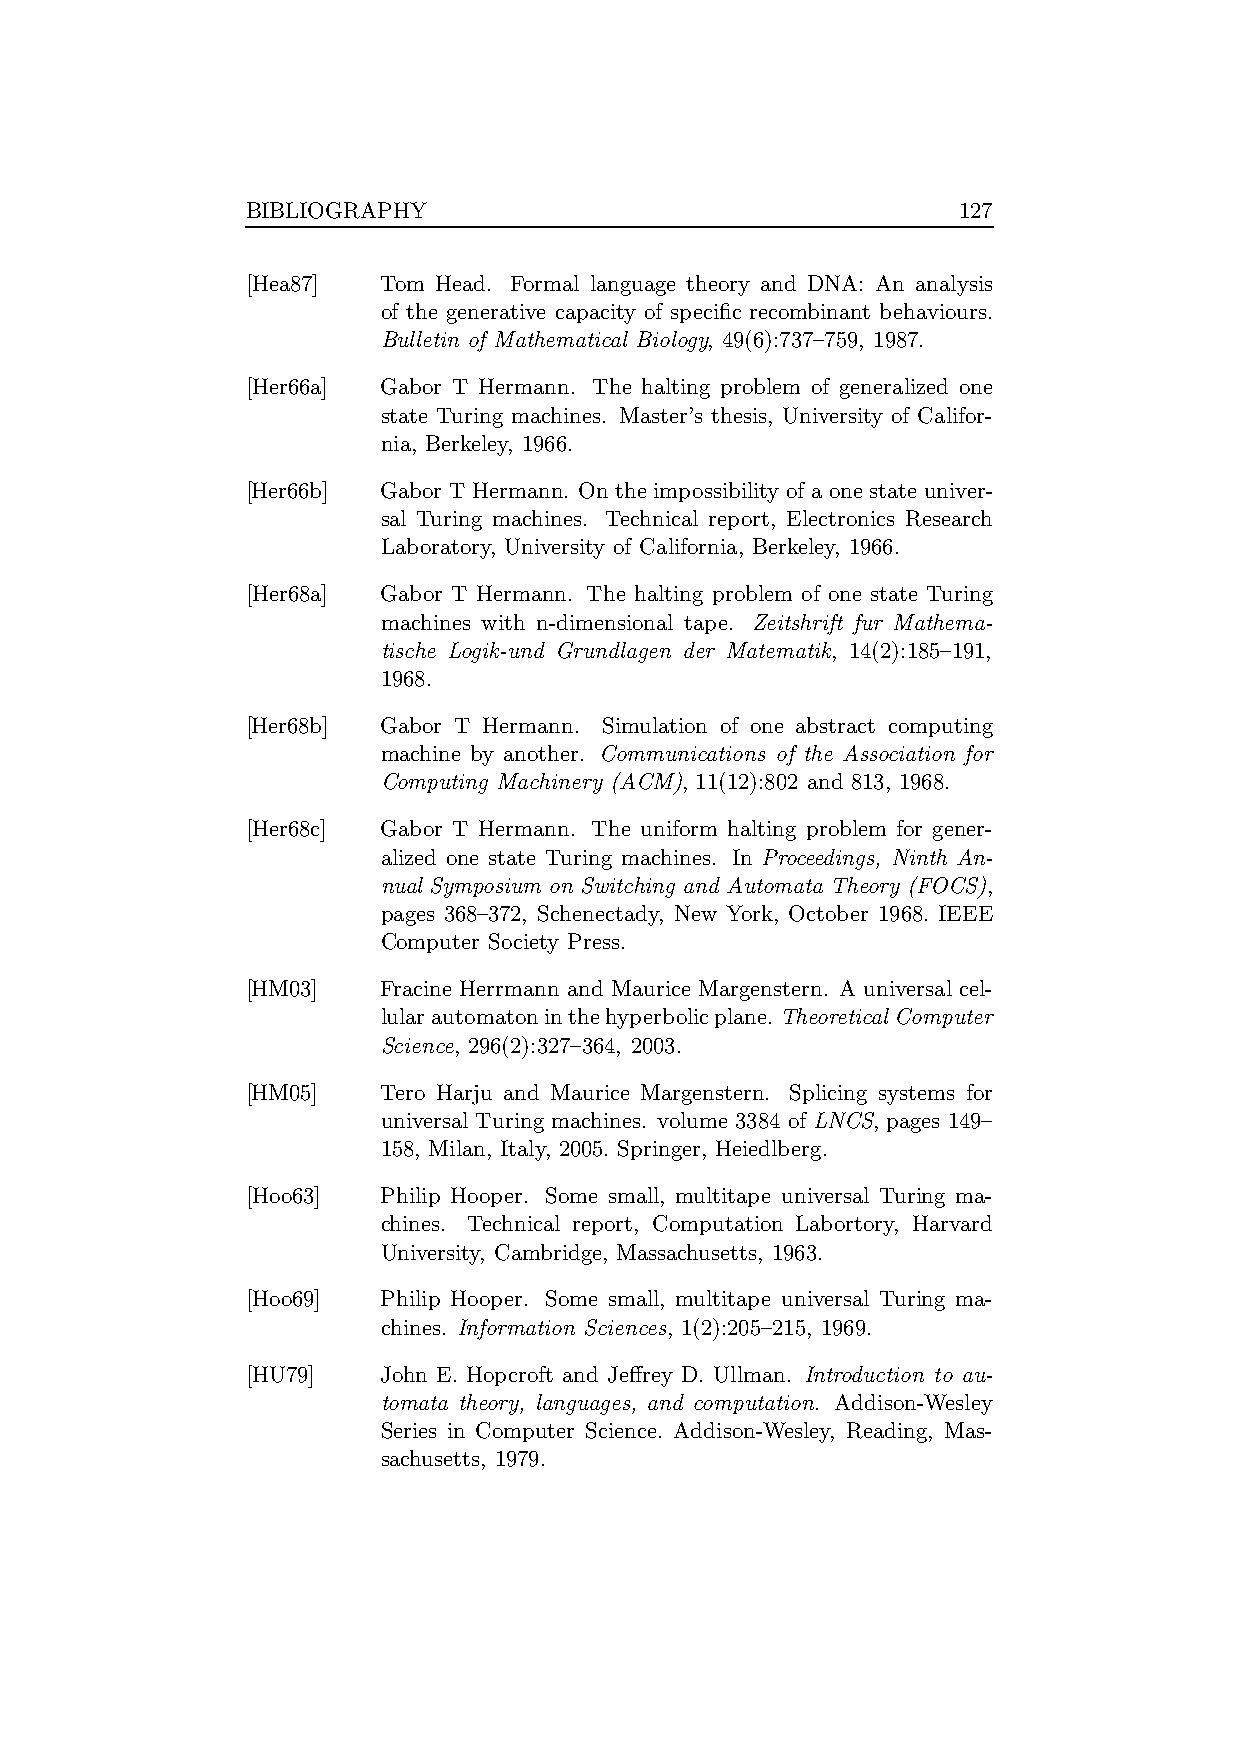
BIBLIOGRAPHY                                   127
 [Hea87]  Tom Head. Formal language theory and DNA: An analysis
 of the generative capacity of specific recombinant behaviours.
 Bulletin of Mathematical Biology, 49(6):737–759, 1987.
 [Her66a] Gabor T Hermann. The halting problem of generalized one
 state Turing machines. Master’s thesis, University of Califor-
 nia, Berkeley, 1966.
 [Her66b] Gabor T Hermann. Onthe impossibility of a one state univer-
 sal Turing machines. Technical report, Electronics Research
 Laboratory, University of California, Berkeley, 1966.
 [Her68a] Gabor T Hermann. The halting problem of one state Turing
 machines with n-dimensional tape. Zeitshrift fur Mathema-
 tische Logik-und Grundlagen der Matematik, 14(2):185–191,
 1968.
 [Her68b] Gabor T Hermann. Simulation of one abstract computing
 machine by another. Communications of the Association for
 Computing Machinery (ACM), 11(12):802 and 813, 1968.
 [Her68c] Gabor T Hermann. The uniform halting problem for gener-
 alized one state Turing machines. In Proceedings, Ninth An-
 nual Symposium on Switching and Automata Theory (FOCS),
 pages 368–372, Schenectady, New York, October 1968. IEEE
 Computer Society Press.
 [HM03]   Fracine Herrmann and Maurice Margenstern. A universal cel-
 lularautomatoninthehyperbolicplane. Theoretical Computer
 Science, 296(2):327–364, 2003.
 [HM05]   Tero Harju and Maurice Margenstern. Splicing systems for
 universal Turing machines. volume 3384 of LNCS, pages 149–
 158, Milan, Italy, 2005. Springer, Heiedlberg.
 [Hoo63]  Philip Hooper. Some small, multitape universal Turing ma-
 chines. Technical report, Computation Labortory, Harvard
 University, Cambridge, Massachusetts, 1963.
 [Hoo69]  Philip Hooper. Some small, multitape universal Turing ma-
 chines. Information Sciences, 1(2):205–215, 1969.
 [HU79]   John E. Hopcroft and Jeffrey D. Ullman. Introduction to au-
 tomata theory, languages, and computation. Addison-Wesley
 Series in Computer Science. Addison-Wesley, Reading, Mas-
 sachusetts, 1979.